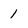
Character: 1